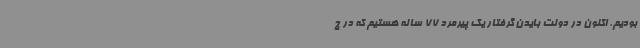
بودیم. اکنون در دولت بایدن گرفتار یک پیرمرد 77 ساله هستیم که در ج